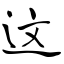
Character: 这